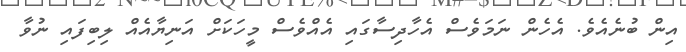
އިން ބުނެއެވެ. އެހެން ނަމަވެސް އެހާދިސާގައި އެއްވެސް މީހަކަށް އަނިޔާއެއް ލިބިފައި ނުވާ